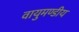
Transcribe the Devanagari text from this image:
वायुमण्डीय